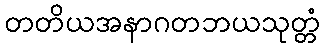
တတိယအနာဂတဘယသုတ္တံ